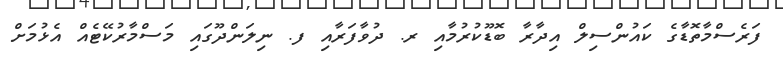
ފަރެސްމާތޮޑާގެ ކައުންސިލް އިދާރާ ބޮޑޫކުރުމާއި ރ. ދުވާފަރާއި ފ. ނިލަންދޫގައި މަސްމާރުކޭޓެއް އެޅުމަށް